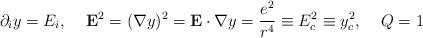
LaTeX: \begin{align*}\partial_iy=E_i,\;\;\;\; {\bf E}^2=({\bf \nabla}y)^2={\bf E}\cdot{\bf \nabla}y=\frac{e^2}{r^4}\equiv E^2_c\equiv y_c^2,\;\;\;\; Q=1\end{align*}